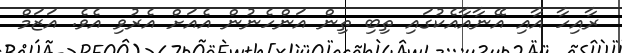
ރާއިހާ އާއި އޭނާއާއެކުގައި ތިބި ތިން އަންހެނުން އެއަށް އެރުވި އެވެ. އަޒަމް